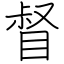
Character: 督